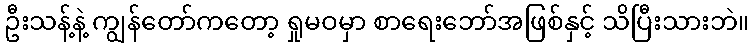
ဦးသန့်နဲ့ ကျွန်တော်ကတော့ ရှုမဝမှာ စာရေးဘော်အဖြစ်နှင့် သိပြီးသားဘဲ။